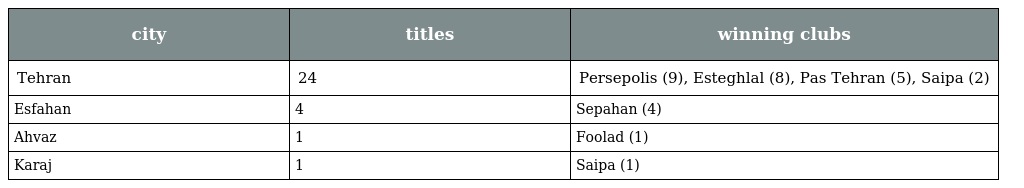
| city | titles | winning clubs |
 | --- | --- | --- |
 | Tehran | 24 | Persepolis (9), Esteghlal (8), Pas Tehran (5), Saipa (2) |
 | Esfahan | 4 | Sepahan (4) |
 | Ahvaz | 1 | Foolad (1) |
 | Karaj | 1 | Saipa (1) |